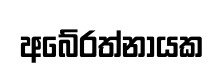
අබේරත්නායක